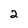
Character: 2